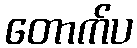
တောက်ပ